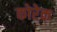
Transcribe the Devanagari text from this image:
कोरेक